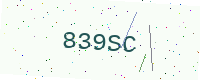
Text: 839SC